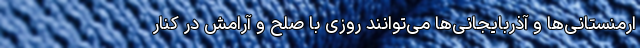
ارمنستانی‌ها و آذربایجانی‌ها می‌توانند روزی با صلح و آرامش در کنار